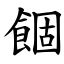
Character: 䭅